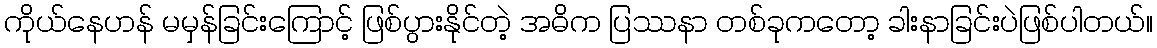
ကိုယ်နေဟန် မမှန်ခြင်းကြောင့် ဖြစ်ပွားနိုင်တဲ့ အဓိက ပြဿနာ တစ်ခုကတော့ ခါးနာခြင်းပဲဖြစ်ပါတယ်။